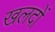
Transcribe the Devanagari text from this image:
खलदों